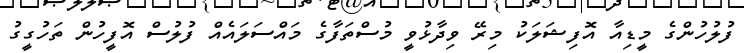
ފުލުހުންގެ މީޑިއާ އޮފިޝަލަކު މިރޭ ވިދާޅުވީ މުސްތަފާގެ މައްސަލައެއް ފުލުސް އޮފީހުން ތަހުގީގު